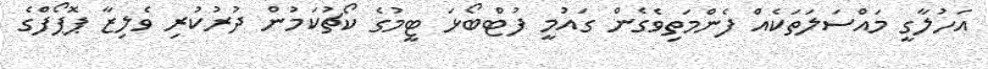
އަހުލާގީ މައްސަލަތަކެއް ފެންމަތިވެގެން ގައުމީ ފުޓްބޯޅަ ޓީމުގެ ކޯޗުކަމުން ދުރުކުރި ވެލިޒާ ޕޮޕޯފްގެ